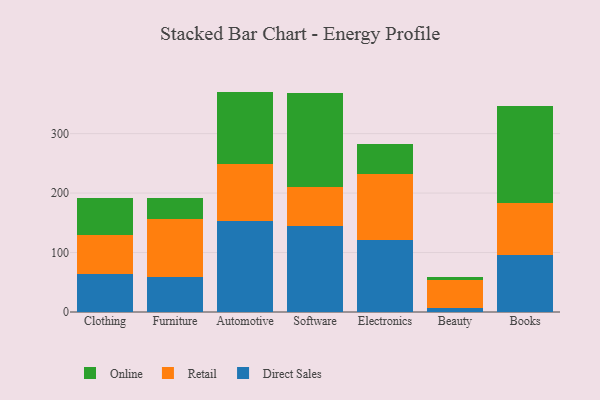
{"axis": {"x": "Category", "y": "LTV (USD)"}, "legend": ["Direct Sales", "Online", "Retail"], "data": [{"x": "Clothing", "y": 63.2, "type": "Direct Sales"}, {"x": "Clothing", "y": 65.5, "type": "Retail"}, {"x": "Clothing", "y": 62.3, "type": "Online"}, {"x": "Furniture", "y": 59.4, "type": "Direct Sales"}, {"x": "Furniture", "y": 97.0, "type": "Retail"}, {"x": "Furniture", "y": 35.7, "type": "Online"}, {"x": "Automotive", "y": 152.6, "type": "Direct Sales"}, {"x": "Automotive", "y": 95.7, "type": "Retail"}, {"x": "Automotive", "y": 122.4, "type": "Online"}, {"x": "Software", "y": 145.1, "type": "Direct Sales"}, {"x": "Software", "y": 65.0, "type": "Retail"}, {"x": "Software", "y": 157.7, "type": "Online"}, {"x": "Electronics", "y": 121.8, "type": "Direct Sales"}, {"x": "Electronics", "y": 110.8, "type": "Retail"}, {"x": "Electronics", "y": 49.4, "type": "Online"}, {"x": "Beauty", "y": 6.7, "type": "Direct Sales"}, {"x": "Beauty", "y": 46.6, "type": "Retail"}, {"x": "Beauty", "y": 5.7, "type": "Online"}, {"x": "Books", "y": 95.9, "type": "Direct Sales"}, {"x": "Books", "y": 87.9, "type": "Retail"}, {"x": "Books", "y": 161.9, "type": "Online"}]}